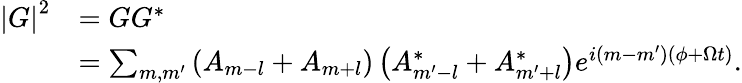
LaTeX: \begin{array}{rl}{\left\vert G\right\vert^{2}}&{=GG^{\ast}}\\ &{=\sum_{m,m^{\prime}}\left(A_{m-l}+A_{m+l}\right)\left(A_{m^{\prime}-l}^{\ast}+A_{m^{\prime}+l}^{\ast}\right)e^{i\left(m-m^{\prime}\right)\left(\phi+\Omega t\right)}.}\end{array}